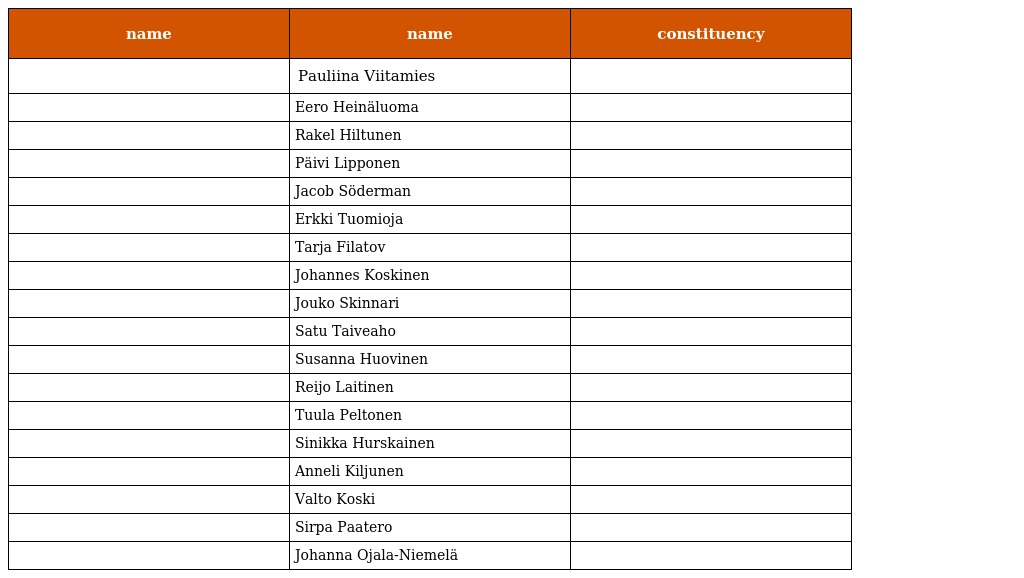
| name | name | constituency |
 | --- | --- | --- |
 |  | Pauliina Viitamies |  |
 |  | Eero Heinäluoma |  |
 |  | Rakel Hiltunen |  |
 |  | Päivi Lipponen |  |
 |  | Jacob Söderman |  |
 |  | Erkki Tuomioja |  |
 |  | Tarja Filatov |  |
 |  | Johannes Koskinen |  |
 |  | Jouko Skinnari |  |
 |  | Satu Taiveaho |  |
 |  | Susanna Huovinen |  |
 |  | Reijo Laitinen |  |
 |  | Tuula Peltonen |  |
 |  | Sinikka Hurskainen |  |
 |  | Anneli Kiljunen |  |
 |  | Valto Koski |  |
 |  | Sirpa Paatero |  |
 |  | Johanna Ojala-Niemelä |  |